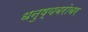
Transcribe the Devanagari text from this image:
धनुष्यबरोबर